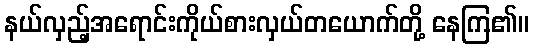
နယ်လှည့်အရောင်းကိုယ်စားလှယ်တယောက်တို့ နေကြ၏။